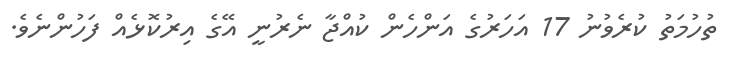
ތުހުމަތު ކުރެވުނު 17 އަހަރުގެ އަންހެން ކުއްޖާ ނެރުނީ އޭގެ އިރުކޮޅެއް ފަހުންނެވެ.